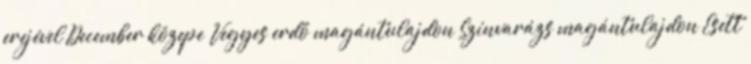
erejével December közepe Vegyes erdő magántulajdon Színvarázs magántulajdon Esett